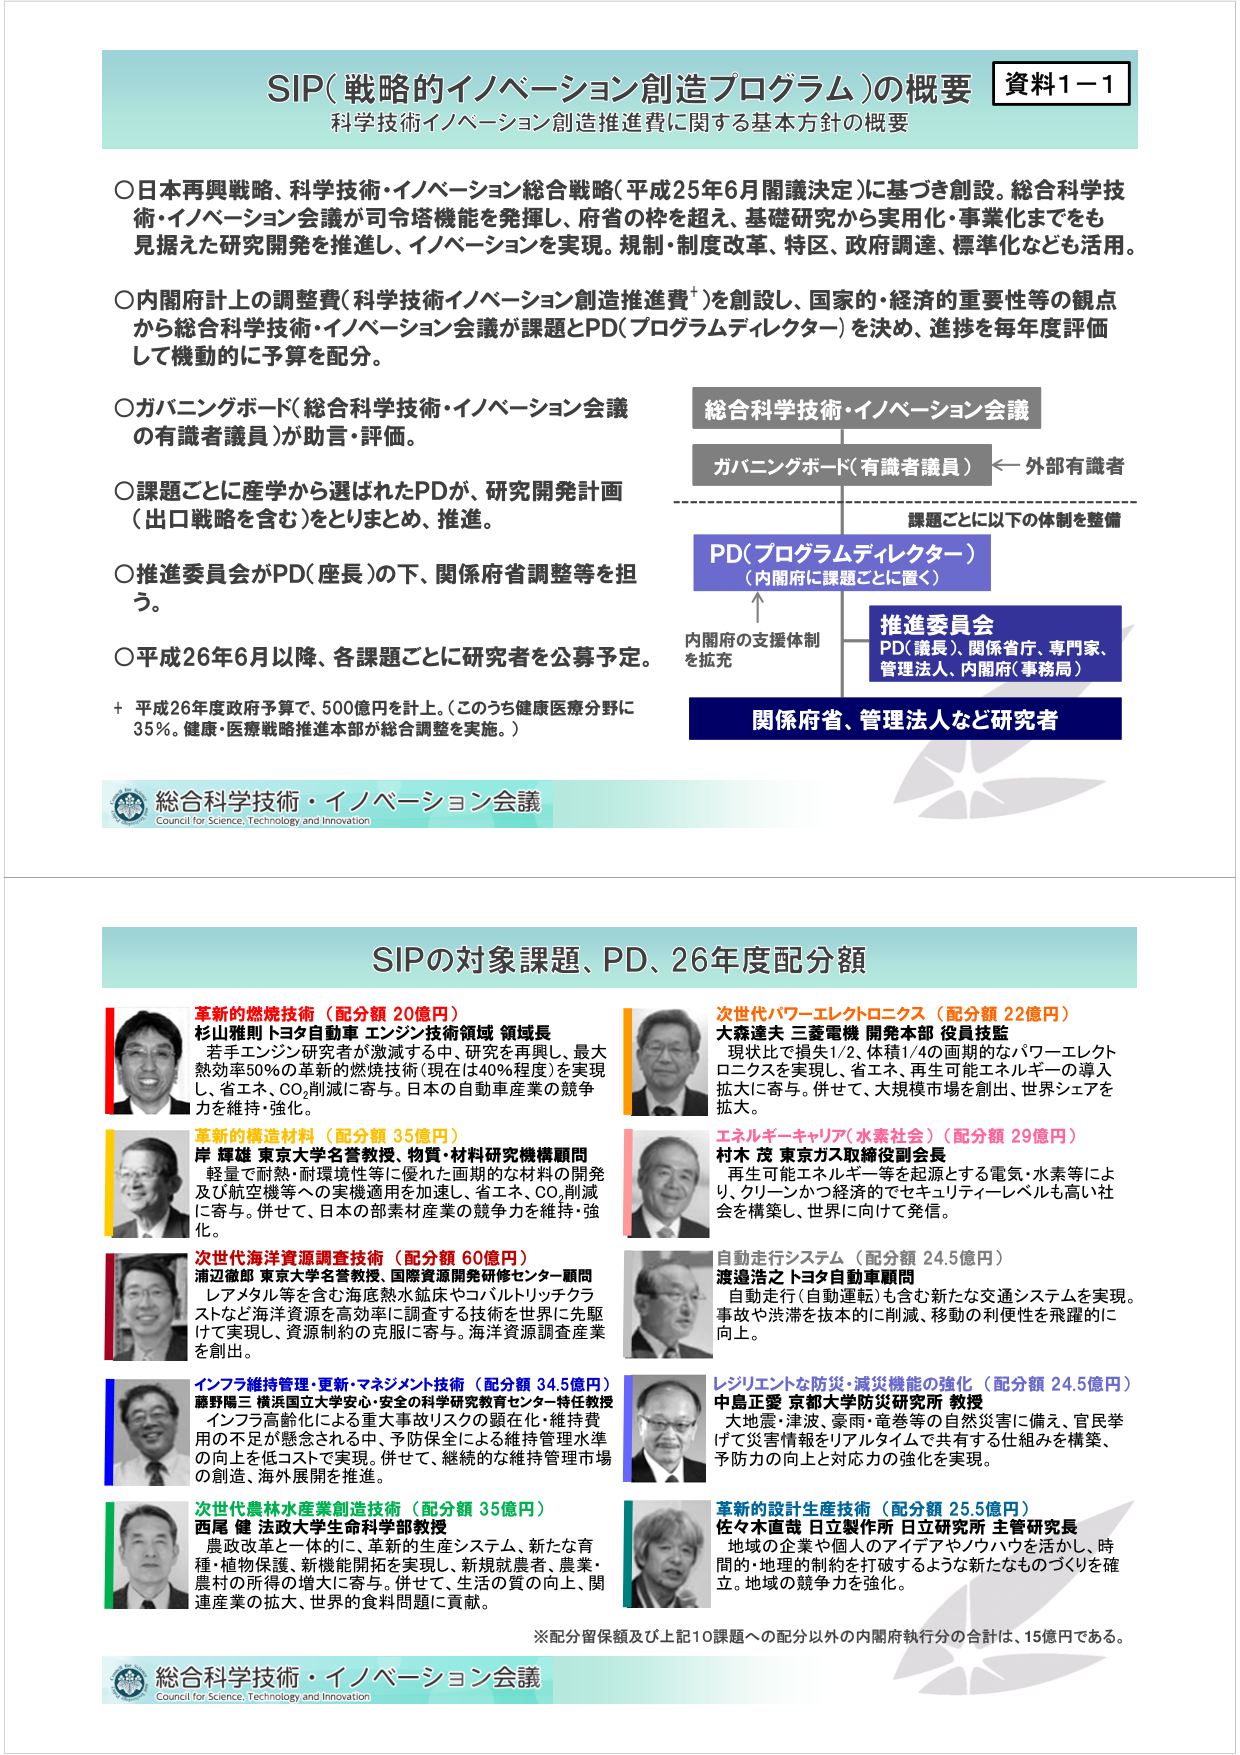
資料1－1
SIP（戦略的イノベーション創造プログラム）の概要
科学技術イノベーション創造推進費に関する基本方針の概要

○日本再興戦略、科学技術・イノベーション総合戦略（平成25年6月閣議決定）に基づき創設。総合科学技術・イノベーション会議が司令塔機能を発揮し、府省の枠を超え、基礎研究から実用化・事業化までをも見据えた研究開発を推進し、イノベーションを実現。規制・制度改革、特区、政府調達、標準化なども活用。

○内閣府計上の調整費（科学技術イノベーション創造推進費⁺）を創設し、国家的・経済的重要性等の観点から総合科学技術・イノベーション会議が課題とPD（プログラムディレクター）を決め、進捗を毎年度評価して機動的に予算を配分。

○ガバニングボード（総合科学技術・イノベーション会議の有識者議員）が助言・評価。

○課題ごとに産学から選ばれたPDが、研究開発計画（出口戦略を含む）をとりまとめ、推進。

○推進委員会がPD（座長）の下、関係府省調整等を担う。

○平成26年6月以降、各課題ごとに研究者を公募予定。

⁺ 平成26年度政府予算で、500億円を計上。（このうち健康医療分野に35％。健康・医療戦略推進本部が総合調整を実施。）

総合科学技術・イノベーション会議
Council for Science, Technology and Innovation

総合科学技術・イノベーション会議
ガバニングボード（有識者議員） ← 外部有識者
課題ごとに以下の体制を整備
PD（プログラムディレクター）
（内閣府に課題ごとに置く）
内閣府の支援体制を拡充
推進委員会
PD（議長）、関係省庁、専門家、管理法人、内閣府（事務局）
関係府省、管理法人など研究者

SIPの対象課題、PD、26年度配分額

革新的燃焼技術（配分額 20億円）
杉山雅則 トヨタ自動車 エンジン技術領域 領域長
若手エンジン研究者が激減する中、研究を再興し、最大熱効率50％の革新的燃焼技術（現在は40％程度）を実現し、省エネ、CO₂削減に寄与。日本の自動車産業の競争力を維持・強化。

革新的構造材料（配分額 35億円）
岸 輝雄 東京大学名誉教授、物質・材料研究機構顧問
軽量で耐熱・耐環境性等に優れた画期的な材料の開発及び航空機等への実機適用を加速し、省エネ、CO₂削減に寄与。併せて、日本の部素材産業の競争力を維持・強化。

次世代海洋資源調査技術（配分額 60億円）
浦次徹郎 東京大学名誉教授、国際資源開発研修センター顧問
レアメタル等を含む海底熱水鉱床やコバルトリッチクラストなど海洋資源を高効率に調査する技術を世界に先駆けて実現し、資源制約の克服に寄与。海洋資源調査産業を創出。

インフラ維持管理・更新・マネジメント技術（配分額 34.5億円）
藤野陽三 横浜国立大学安心・安全の科学研究教育センター特任教授
インフラ高齢化による重大事故リスクの顕在化・維持費用の不足が懸念される中、予防保全による維持管理水準の向上を低コストで実現。併せて、継続的な維持管理市場の創造、海外展開を推進。

次世代農林水産業創造技術（配分額 35億円）
西尾 健 法政大学生命科学部教授
農政改革と一体的に、革新的生産システム、新たな育種・植物保護、新機能開拓を実現し、新規就農者、農業・農村の所得の増大に寄与。併せて、生活の質の向上、関連産業の拡大、世界的食料問題に貢献。

次世代パワーエレクトロニクス（配分額 22億円）
大森達夫 三菱電機 開発本部 役員技監
現状比で損失1/2、体積1/4の画期的なパワーエレクトロニクスを実現し、省エネ、再生可能エネルギーの導入拡大に寄与。併せて、大規模市場を創出、世界シェアを拡大。

エネルギーキャリア（水素社会）（配分額 29億円）
村木 茂 東京ガス取締役副会長
再生可能エネルギー等を起源とする電気・水素等により、クリーンかつ経済的でセキュリティレベルも高い社会を構築し、世界に向けて発信。

自動走行システム（配分額 24.5億円）
渡邉吉之 トヨタ自動車顧問
自動走行（自動運転）を含む新たな交通システムを実現。事故や渋滞を抜本的に削減、移動の利便性を飛躍的に向上。

レジリエントな防災・減災機能の強化（配分額 24.5億円）
中島正重 京都大学防災研究所 教授
大地震・津波、豪雨・竜巻等の自然災害に備え、官民挙げて災害情報をリアルタイムで共有する仕組みを構築、予防力の向上と対応力の強化を実現。

革新的設計生産技術（配分額 25.5億円）
佐々木直哉 日立製作所 日立研究所 主管研究長
地域の企業や個人のアイデアやノウハウを活かし、時間的・地理的制約を打破するような新たなものづくりを確立。地域の競争力を強化。

※配分留保額及び上記10課題への配分以外の内閣府執行分の合計は、15億円である。

総合科学技術・イノベーション会議
Council for Science, Technology and Innovation